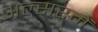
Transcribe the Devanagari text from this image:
अल्सरमें